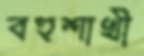
বহুশাখী